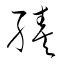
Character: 輳